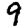
Digit: 9